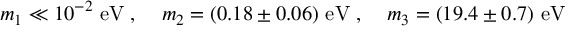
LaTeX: m _ { 1 } \ll 1 0 ^ { - 2 } ~ \mathrm { { e V } } \; , \; \; \; \; m _ { 2 } = ( 0 . 1 8 \pm 0 . 0 6 ) ~ { \mathrm { e V } } \; , \; \; \; \; m _ { 3 } = ( 1 9 . 4 \pm 0 . 7 ) ~ \mathrm { { e V } } \;